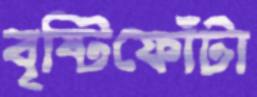
বৃষ্টিফোঁটা